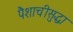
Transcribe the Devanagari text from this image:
पैशाचीसुद्धा